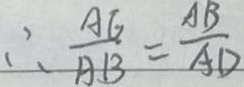
\therefore \frac { A G } { A B } = \frac { A B } { A D }